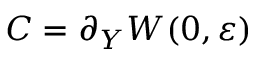
C = \partial _ { Y } W ( 0 , \varepsilon )